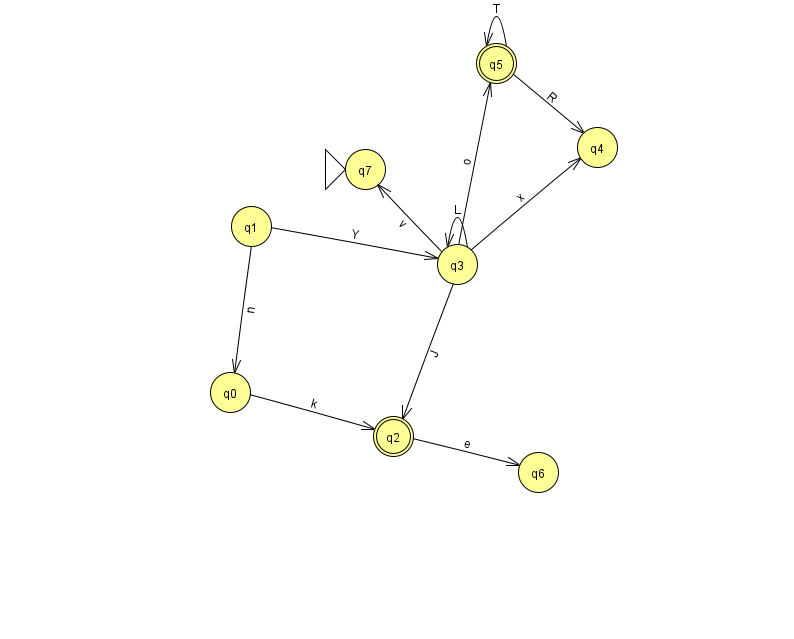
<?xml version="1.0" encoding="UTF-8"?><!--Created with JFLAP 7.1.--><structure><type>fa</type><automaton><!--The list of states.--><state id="0" name="q0"><x>230.0</x><y>379.0</y></state><state id="1" name="q1"><x>251.0</x><y>213.0</y></state><state id="2" name="q2"><x>393.0</x><y>423.0</y><final/></state><state id="3" name="q3"><x>457.0</x><y>251.0</y></state><state id="4" name="q4"><x>597.0</x><y>134.0</y></state><state id="5" name="q5"><x>496.0</x><y>50.0</y><final/></state><state id="6" name="q6"><x>538.0</x><y>459.0</y></state><state id="7" name="q7"><x>365.0</x><y>156.0</y><initial/></state><!--The list of transitions.--><transition><from>3</from><to>5</to><read>o</read></transition><transition><from>3</from><to>2</to><read>J</read></transition><transition><from>5</from><to>4</to><read>R</read></transition><transition><from>3</from><to>7</to><read>v</read></transition><transition><from>5</from><to>5</to><read>T</read></transition><transition><from>1</from><to>3</to><read>Y</read></transition><transition><from>3</from><to>4</to><read>x</read></transition><transition><from>3</from><to>3</to><read>L</read></transition><transition><from>2</from><to>6</to><read>e</read></transition><transition><from>0</from><to>2</to><read>k</read></transition><transition><from>1</from><to>0</to><read>n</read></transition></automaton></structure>